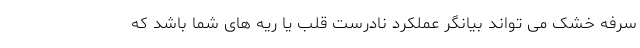
سرفه خشک می تواند بیانگر عملکرد نادرست قلب یا ریه های شما باشد که